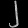
Digit: ၂